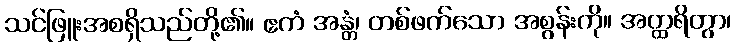
သင်ဖြူးအစရှိသည်တို့၏။ ဧကံ အန္တံ၊ တစ်ဖက်သော အစွန်းကို။ အတ္ထရိတွာ၊